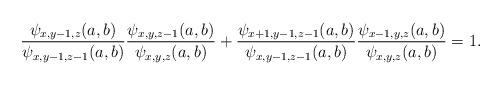
LaTeX: \begin{align*}\frac{\psi_{x,y-1,z}(a,b)}{\psi_{x,y-1,z-1}(a,b)}\frac{\psi_{x,y,z-1}(a,b)}{\psi_{x,y,z}(a,b)}+\frac{\psi_{x+1,y-1,z-1}(a,b)}{\psi_{x,y-1,z-1}(a,b)}\frac{\psi_{x-1,y,z}(a,b)}{\psi_{x,y,z}(a,b)}=1.\end{align*}